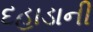
દહાડાની